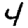
Digit: 4